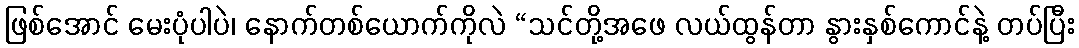
ဖြစ်အောင် မေးပုံပါပဲ၊ နောက်တစ်ယောက်ကိုလဲ “သင်တို့အဖေ လယ်ထွန်တာ နွားနှစ်ကောင်နဲ့ တပ်ပြီး